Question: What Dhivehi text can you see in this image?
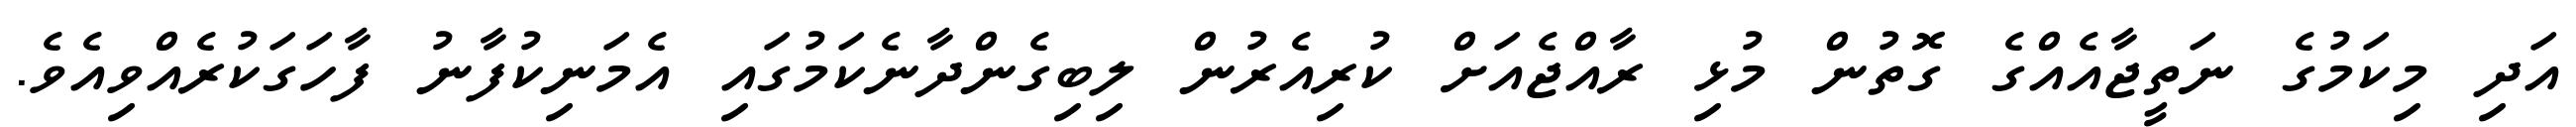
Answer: އަދި މިކަމުގެ ނަތީޖާއެއްގެ ގޮތުން މުޅި ރާއްޖެއަށް ކުރިއެރުން ލިބިގެންދާނެކަމުގައި އެމަނިކުފާނު ފާހަގަކުރެއްވިއެވެ.